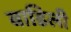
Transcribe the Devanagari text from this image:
बाडिली